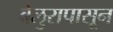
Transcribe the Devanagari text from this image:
बेलुरापासून